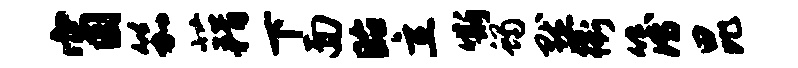
窗笳藉下面眙立嘶蝎默衢簿昆